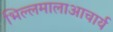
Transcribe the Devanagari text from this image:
भिल्लमालाआचार्य